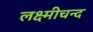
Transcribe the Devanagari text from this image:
लक्ष्मीचन्द